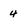
Character: 4